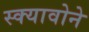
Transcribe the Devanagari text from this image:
स्क्यावोने